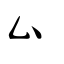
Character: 厶